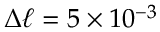
\Delta \ell = 5 \times 1 0 ^ { - 3 }